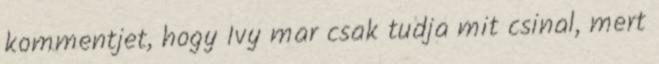
kommentjet, hogy Ivy mar csak tudja mit csinal, mert